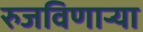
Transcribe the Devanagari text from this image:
रुजविणार्‍या